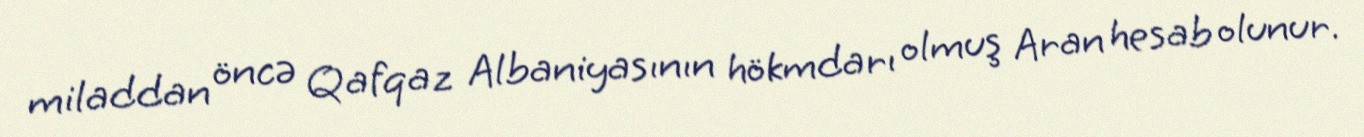
miladdan öncə Qafqaz Albaniyasının hökmdarı olmuş Aran hesab olunur.